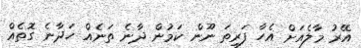
އޭރު މާލެއަށް އެހާ ފަރިތަ ނޫން ކަމުން ދާނެ ތަނެއް ހަދާނެ ގޮތެއް